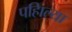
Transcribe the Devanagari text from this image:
पहिाल्या